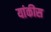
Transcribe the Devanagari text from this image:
यांकीस